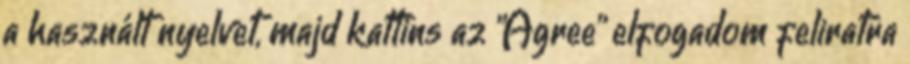
a használt nyelvet, majd kattins az "Agree" elfogadom feliratra